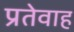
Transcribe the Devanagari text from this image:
प्रतेवाह